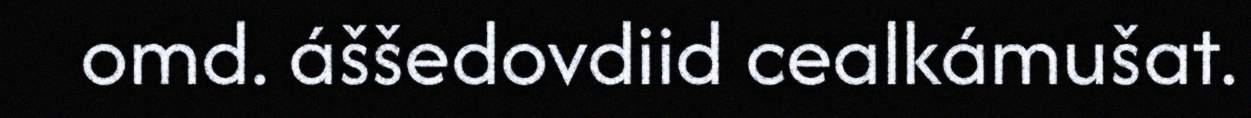
omd. áššedovdiid cealkámušat.